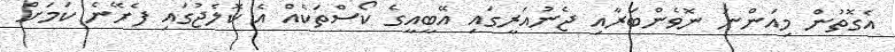
އެގޮތުން މިއަންނަ ނޮވެންބަރާއި ޖެނުއަރީގައި އޭބީއީގެ ކޯސްތަކެއް އެ ކޮލެޖުގައި ފެށޭނެ ކަމަށް